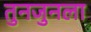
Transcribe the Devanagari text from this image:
तुनजुनला